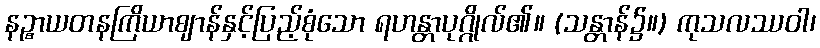
နဉ္စာယတနကြိယာဈာန်နှင့်ပြည့်စုံသော ရဟန္တာပုဂ္ဂိုလ်၏။ (သန္တာန်၌။) ကုသလဿဝါ၊